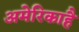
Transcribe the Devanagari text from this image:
अमेरिकाहै